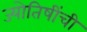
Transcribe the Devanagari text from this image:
ज्योतिषींची